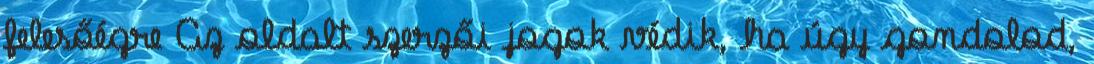
felesőégre Az oldalt szerzői jogok védik, ha úgy gondolod,